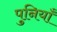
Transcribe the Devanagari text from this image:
पुनियाँ